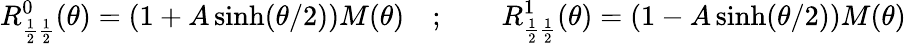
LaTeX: R_{\frac{1}{2}\frac{1}{2}}^{0}(\theta)=(1+A\sinh(\theta/2))M(\theta)\quad;\qquad R_{\frac{1}{2}\frac{1}{2}}^{1}(\theta)=(1-A\sinh(\theta/2))M(\theta)